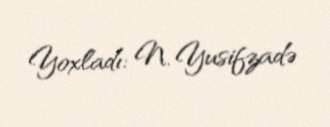
Yoxladı: N. Yusifzadə